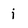
Character: i